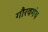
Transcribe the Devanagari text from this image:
गौरवगंथ